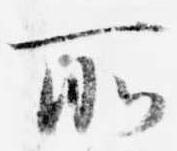
所